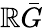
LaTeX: \mathbb{R}\bar{{G}}